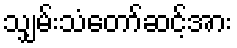
သျှမ်းသံတော်ဆင့်အား